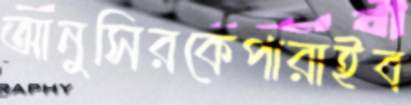
আনুসিরকেপারাইব